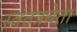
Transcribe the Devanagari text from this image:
स्वंतत्रचेता